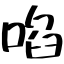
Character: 啗